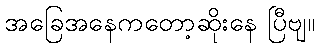
အခြေအနေကတော့ဆိုးနေ ပြီဗျ။